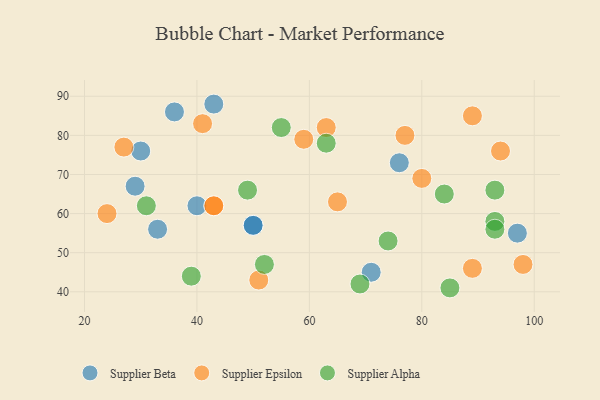
{"axis": {"x": "GDP", "y": "Life Expectancy"}, "legend": ["Supplier Alpha", "Supplier Beta", "Supplier Epsilon"], "data": [{"x": "97", "y": 55, "type": "Supplier Beta"}, {"x": "76", "y": 73, "type": "Supplier Beta"}, {"x": "30", "y": 76, "type": "Supplier Beta"}, {"x": "40", "y": 62, "type": "Supplier Beta"}, {"x": "36", "y": 86, "type": "Supplier Beta"}, {"x": "33", "y": 56, "type": "Supplier Beta"}, {"x": "71", "y": 45, "type": "Supplier Beta"}, {"x": "29", "y": 67, "type": "Supplier Beta"}, {"x": "50", "y": 57, "type": "Supplier Beta"}, {"x": "50", "y": 57, "type": "Supplier Beta"}, {"x": "43", "y": 88, "type": "Supplier Beta"}, {"x": "80", "y": 69, "type": "Supplier Epsilon"}, {"x": "27", "y": 77, "type": "Supplier Epsilon"}, {"x": "94", "y": 76, "type": "Supplier Epsilon"}, {"x": "51", "y": 43, "type": "Supplier Epsilon"}, {"x": "43", "y": 62, "type": "Supplier Epsilon"}, {"x": "41", "y": 83, "type": "Supplier Epsilon"}, {"x": "43", "y": 62, "type": "Supplier Epsilon"}, {"x": "77", "y": 80, "type": "Supplier Epsilon"}, {"x": "63", "y": 82, "type": "Supplier Epsilon"}, {"x": "98", "y": 47, "type": "Supplier Epsilon"}, {"x": "89", "y": 46, "type": "Supplier Epsilon"}, {"x": "59", "y": 79, "type": "Supplier Epsilon"}, {"x": "24", "y": 60, "type": "Supplier Epsilon"}, {"x": "65", "y": 63, "type": "Supplier Epsilon"}, {"x": "89", "y": 85, "type": "Supplier Epsilon"}, {"x": "31", "y": 62, "type": "Supplier Alpha"}, {"x": "63", "y": 78, "type": "Supplier Alpha"}, {"x": "84", "y": 65, "type": "Supplier Alpha"}, {"x": "55", "y": 82, "type": "Supplier Alpha"}, {"x": "93", "y": 66, "type": "Supplier Alpha"}, {"x": "85", "y": 41, "type": "Supplier Alpha"}, {"x": "93", "y": 58, "type": "Supplier Alpha"}, {"x": "69", "y": 42, "type": "Supplier Alpha"}, {"x": "74", "y": 53, "type": "Supplier Alpha"}, {"x": "52", "y": 47, "type": "Supplier Alpha"}, {"x": "49", "y": 66, "type": "Supplier Alpha"}, {"x": "39", "y": 44, "type": "Supplier Alpha"}, {"x": "93", "y": 56, "type": "Supplier Alpha"}]}